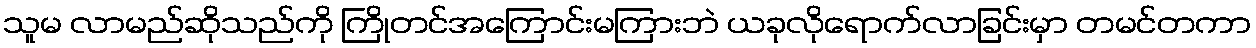
သူမ လာမည်ဆိုသည်ကို ကြိုတင်အကြောင်းမကြားဘဲ ယခုလိုရောက်လာခြင်းမှာ တမင်တကာ